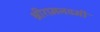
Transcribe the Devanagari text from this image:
श्रीरामनवमी